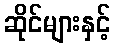
ဆိုင်များနှင့်